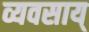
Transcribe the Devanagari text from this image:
व्यवसाय्